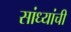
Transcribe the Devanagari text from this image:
सांध्यांची